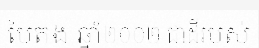
បៃតង ឆ្នាំ២០០២ ជាដីរបស់